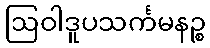
ဩဝါဒူပသင်္ကမနဉ္စ